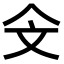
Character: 𣁁